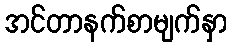
အင်တာနက်စာမျက်နှာ